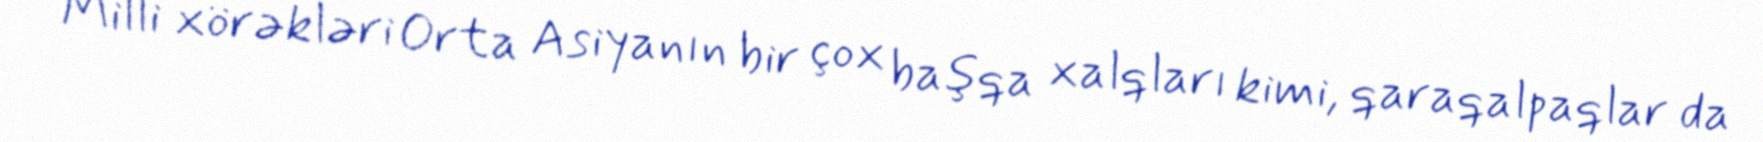
Milli xörəkləri Orta Asiyanın bir çox başqa xalqları kimi, qaraqalpaqlar da